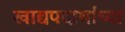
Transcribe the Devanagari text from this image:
खाद्यपदार्थांच्या